Annual report on the lock hospitals of the Madras Presidency
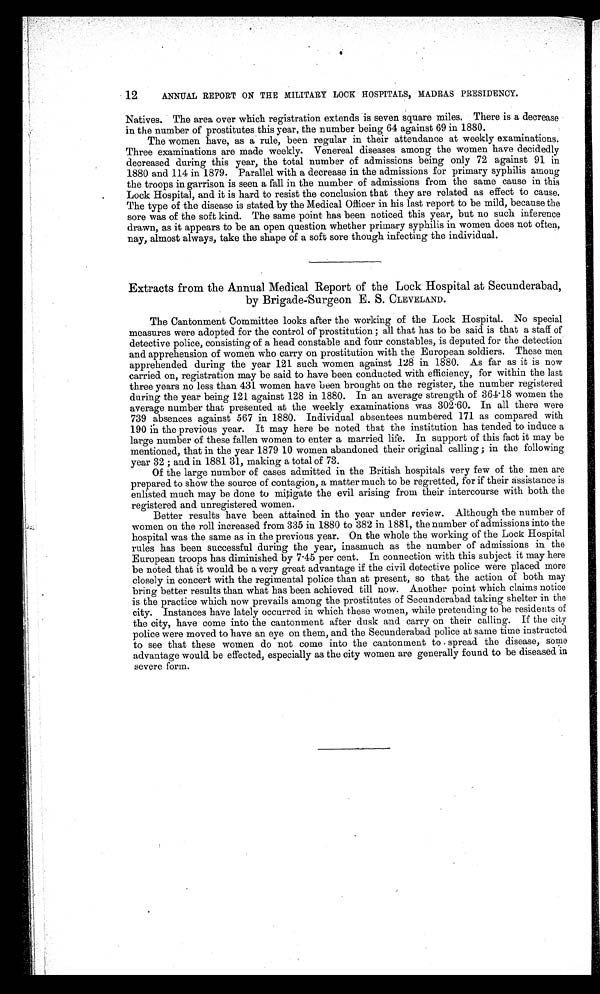
12
ANNUAL REPORT ON THE MILITARY LOCK HOSPITALS, MADRAS PRESIDENCY.
Natives. The area over which registration extends is seven square miles. There is a decrease
in the number of prostitutes this year, the number being 64 against 69 in 1880.
The women have, as a rule, been regular in their attendance at weekly examinations.
Three examinations are made weekly. Venereal diseases among the women have decidedly
decreased during this year, the total number of admissions being only 72 against 91 in
1880 and 114 in 1879. Parallel with a decrease in the admissions for primary syphilis among
the troops in garrison is seen a fall in the number of admissions from the same cause in this
Lock Hospital, and it is hard to resist the conclusion that they are related as effect to cause.
The type of the disease is stated by the Medical Officer in his last report to be mild, because the
sore was of the soft kind. The same point has been noticed this year, but no such inference
drawn, as it appears to be an open question whether primary syphilis in women does not often,
nay, almost always, take the shape of a soft sore though infecting the individual.
Extracts from the Annual Medical Report of the Lock Hospital at Secunderabad,
by Brigade-Surgeon E. S. CLEVELAND.
The Cantonment Committee looks after the working of the Lock Hospital. No special
measures were adopted for the control of prostitution ; all that has to be said is that a staff of
detective police, consisting of a head constable and four constables, is deputed for the detection
and apprehension of women who carry on prostitution with the European soldiers. These men
apprehended during the year 121 such women against 128 in 1880. As far as it is now
carried on, registration may be said to have been conducted with efficiency, for within the last
three years no less than 431 women have been brought on the register, the number registered
during the year being 121 against 128 in 1880. In an average strength of 364.18 women the
average number that presented at the weekly examinations was 302.60. In all there were
739 absences against 567 in 1880. Individual absentees numbered 171 as compared with
190 in the previous year. It may here be noted that the institution has tended to induce a
large number of these fallen women to enter a married life. In support of this fact it may be
mentioned, that in the year 1879 10 women abandoned their original calling ; in the following
year 32 ; and in 1881 31, making a total of 73.
Of the large number of cases admitted in the British hospitals very few of the men are
prepared to show the source of contagion, a matter much to be regretted, for if their assistance is
enlisted much may be done to mitigate the evil arising from their intercourse with both the
registered and unregistered women.
Better results have been attained in the year under review. Although the number of
women on the roll increased from 335 in 1880 to 382 in 1881, the number of admissions into the
hospital was the same as in the previous year. On the whole the working of the Lock Hospital
rules has been successful during the year, inasmuch as the number of admissions in the
European troops has diminished by 7.45 per cent. In connection with this subject it may here
be noted that it would be a very great advantage if the civil detective police were placed more
closely in concert with the regimental police than at present, so that the action of both may
bring better results than what has been achieved till now. Another point which claims notice
is the practice which now prevails among the prostitutes of Secunderabad taking shelter in the
city. Instances have lately occurred in which these women, while pretending to be residents of
the city, have come into the cantonment after dusk and carry on their calling. If the city
police were moved to have an eye on them, and the Secunderabad police at same time instructed
to see that these women do not come into the cantonment to spread the disease, some
advantage would be effected, especially as the city women are generally found to be diseased in
severe form.